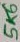
Text: 5K6